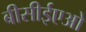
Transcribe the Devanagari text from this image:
बीसीईएओ